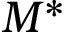
M ^ { * }